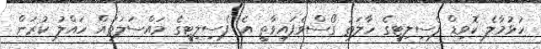
ހުޅުމާލެ ކޮވިޑް ފެސިލިޓީގެ ހާލަތު ގޯސްވެފައިވާތީ އެ ފެސިލިޓީގެ މައްސަލަތައް ހައްލު ކުރަން